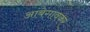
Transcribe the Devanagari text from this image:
आंबेगावकर